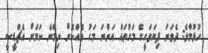
ހުޅުމާލެ: ދެވަނަ ފިޔަވަހީގެ މަގުތައް އަންނަ މަހު އެއްކޮށް ނިމޭނެ ކަމަށް އެޗްޑީސީ